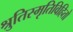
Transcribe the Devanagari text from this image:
श्रुतिस्मृतिविहितो